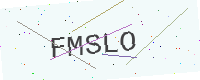
Text: FMSLO